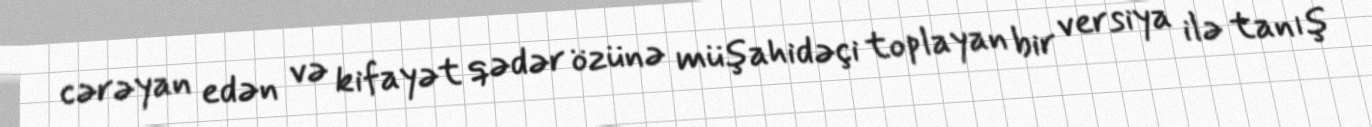
cərəyan edən və kifayət qədər özünə müşahidəçi toplayan bir versiya ilə tanış